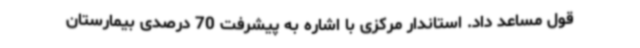
قول مساعد داد. استاندار مرکزی با اشاره به پیشرفت 70 درصدی بیمارستان